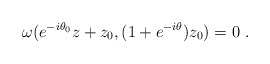
\begin{align*} \omega(e^{-i\theta_0}z + z_0, (1 + e^{-i\theta})z_0) = 0~.\end{align*}